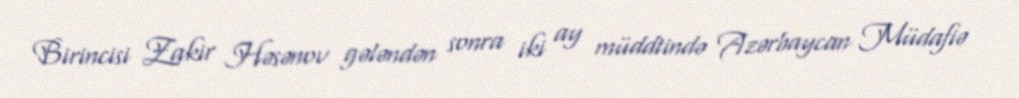
Birincisi Zakir Həsənov gələndən sonra iki ay müddtində Azərbaycan Müdafiə